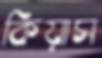
কিয়াস